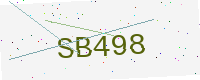
Text: SB498